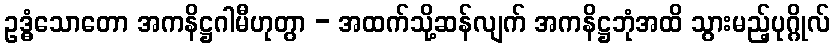
ဥဒ္ဓံသောတော အကနိဋ္ဌဂါမီဟုတွာ - အထက်သို့ဆန်လျက် အကနိဋ္ဌဘုံအထိ သွားမည့်ပုဂ္ဂိုလ်